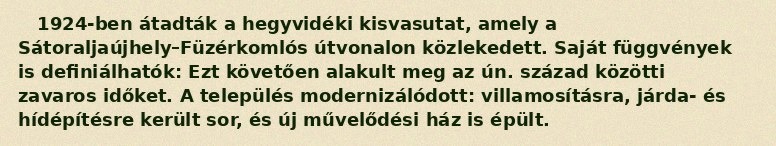
1924-ben átadták a hegyvidéki kisvasutat, amely a Sátoraljaújhely–Füzérkomlós útvonalon közlekedett. Saját függvények is definiálhatók: Ezt követően alakult meg az ún. század közötti zavaros időket. A település modernizálódott: villamosításra, járda- és hídépítésre került sor, és új művelődési ház is épült.